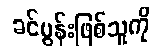
ခင်ပွန်းဖြစ်သူကို